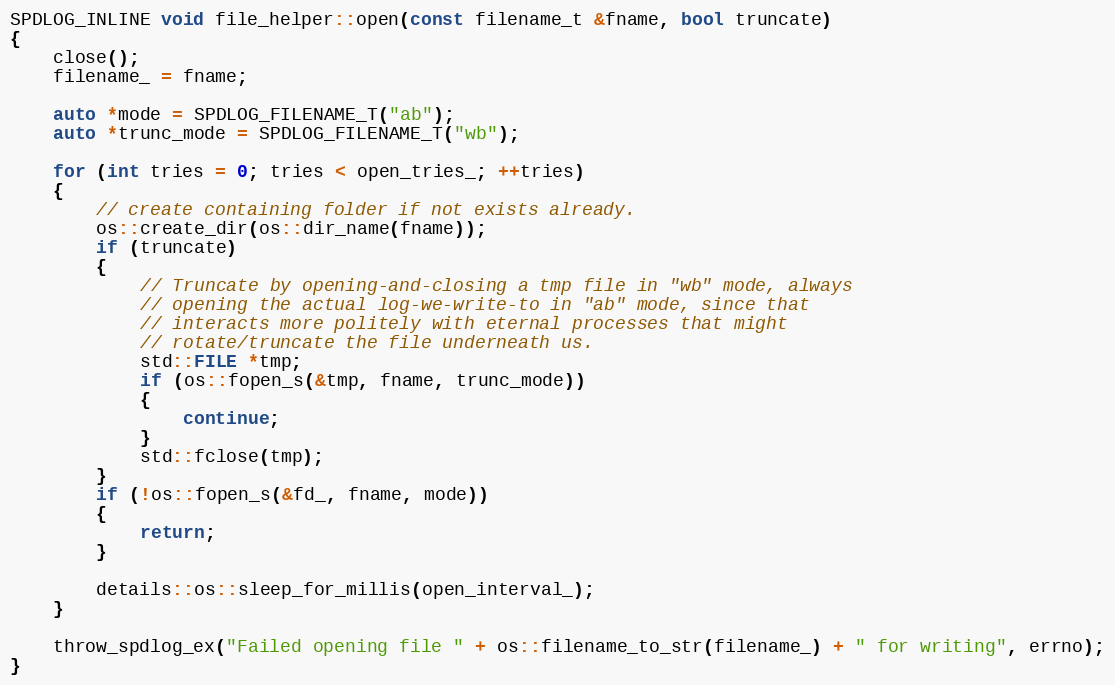
Language: C
SPDLOG_INLINE void file_helper::open(const filename_t &fname, bool truncate)
{
    close();
    filename_ = fname;

    auto *mode = SPDLOG_FILENAME_T("ab");
    auto *trunc_mode = SPDLOG_FILENAME_T("wb");

    for (int tries = 0; tries < open_tries_; ++tries)
    {
        // create containing folder if not exists already.
        os::create_dir(os::dir_name(fname));
        if (truncate)
        {
            // Truncate by opening-and-closing a tmp file in "wb" mode, always
            // opening the actual log-we-write-to in "ab" mode, since that
            // interacts more politely with eternal processes that might
            // rotate/truncate the file underneath us.
            std::FILE *tmp;
            if (os::fopen_s(&tmp, fname, trunc_mode))
            {
                continue;
            }
            std::fclose(tmp);
        }
        if (!os::fopen_s(&fd_, fname, mode))
        {
            return;
        }

        details::os::sleep_for_millis(open_interval_);
    }

    throw_spdlog_ex("Failed opening file " + os::filename_to_str(filename_) + " for writing", errno);
}